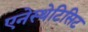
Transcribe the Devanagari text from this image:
एनेस्थेटिसिट